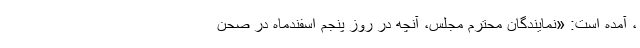
، آمده است: «نمایندگان محترم مجلس، آنچه در روز پنجم اسفندماه در صحن